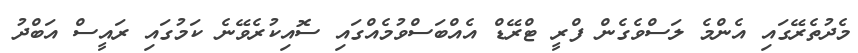
މެދުތެރޭގައި އެންމެ ލަސްވެގެން ފްރީ ޓްރޭޑް އެއްބަސްވުމެއްގައި ސޮއިކުރެވޭނެ ކަމުގައި ރައީސް އަބްދު